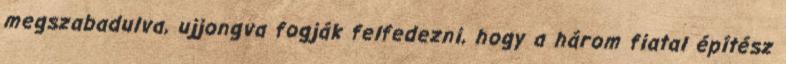
megszabadulva, ujjongva fogják felfedezni, hogy a három fiatal építész